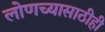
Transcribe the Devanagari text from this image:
लोणच्यासाठीही